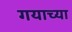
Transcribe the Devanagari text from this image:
गयाच्या